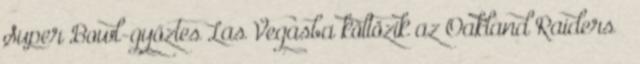
Super Bowl-győztes Las Vegasba költözik az Oakland Raiders –